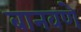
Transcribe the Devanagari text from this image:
बानवणे